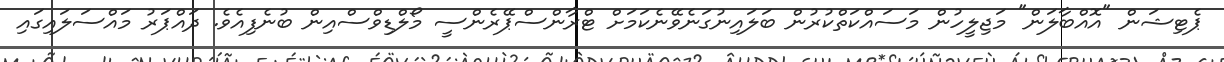
ޕެޓިޝަން "އޮއްބާލަން" މަޖިލީހުން މަސައްކަތްކުރުން ބަލައިނުގަނެވޭނެކަމަށް ޓްރާންސްޕޭރެންސީ މޯލްޑިވްސްއިން ބުނެފިއެވެ. ދައްޕަރު މައްސަލައިގައި